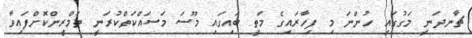
ޗާނދަނީ މަގުގައި ހުންނަ މި ފިހާރައިގެ މަތީ ބައިގައި މޫސަ މަސައްކަތްކުރަނީ ތަމްރީންކޮށްފައިވާ